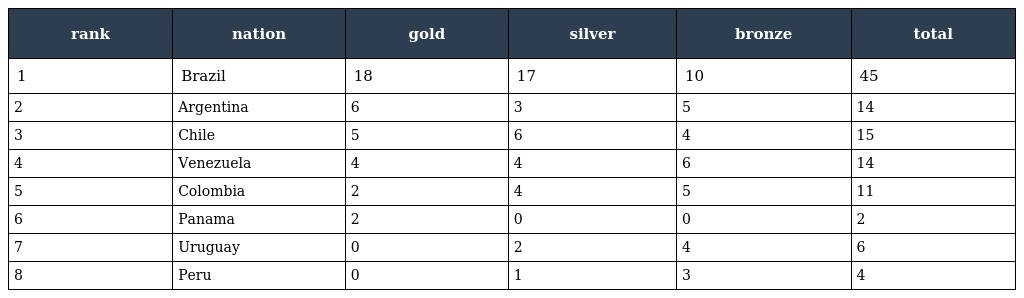
| rank | nation | gold | silver | bronze | total |
 | --- | --- | --- | --- | --- | --- |
 | 1 | Brazil | 18 | 17 | 10 | 45 |
 | 2 | Argentina | 6 | 3 | 5 | 14 |
 | 3 | Chile | 5 | 6 | 4 | 15 |
 | 4 | Venezuela | 4 | 4 | 6 | 14 |
 | 5 | Colombia | 2 | 4 | 5 | 11 |
 | 6 | Panama | 2 | 0 | 0 | 2 |
 | 7 | Uruguay | 0 | 2 | 4 | 6 |
 | 8 | Peru | 0 | 1 | 3 | 4 |